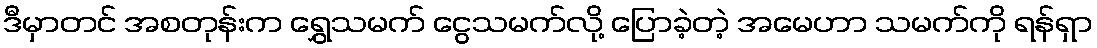
ဒီမှာတင် အစတုန်းက ရွှေသမက် ငွေသမက်လို့ ပြောခဲ့တဲ့ အမေဟာ သမက်ကို ရန်ရှာ